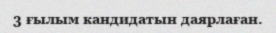
3 ғылым кандидатын даярлаған.